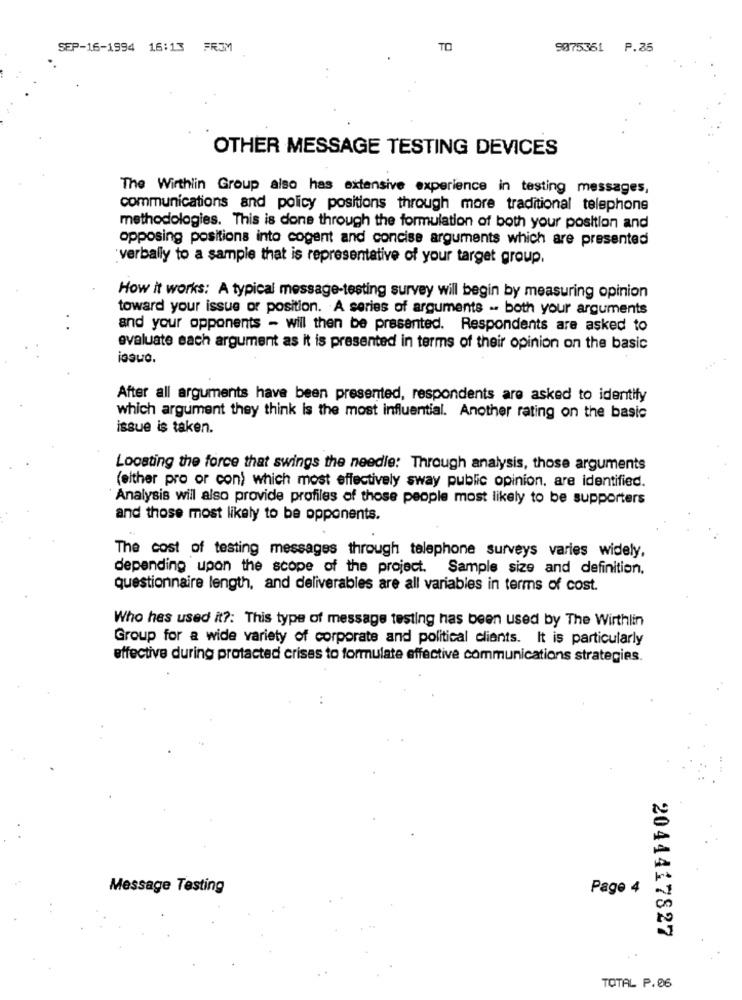
SEP-16-1994 16:13 FROM
TO
9075361 P.35
OTHER MESSAGE TESTING DEVICES
The Wirthlin Group also has extensive experience in testing messages,
communications and policy positions through more traditional telephone
methodologies. This is done through the formulation of both your position and
opposing positions into cogent and concise arguments which are presented
verbally to a sample that is representative of your target group.
How it works: A typical message-testing survey will begin by measuring opinion
toward your issue or position. A series of arguments -. both your arguments
and your opponents - will then be presented. Respondents are asked to
evaluate each argument as it is presented in terms of their opinion on the basic
issue.
After all arguments have been presented, respondents are asked to identify
which argument they think is the most influential. Another rating on the basic
issue is taken.
Looating the force that swings the needle: Through analysis, those arguments
(either pro or con) which most effectively sway public opinion. are identified.
Analysis will also provide profiles of those people most likely to be supporters
and those most likely to be opponents.
The cost of testing messages through telephone surveys varies widely,
depending upon the scope of the project. Sample size and definition.
questionnaire length, and deliverables are all variables in terms of cost.
Who hes used it ?: This type of message testing has been used by The Wirthlin
Group for a wide variety of corporate and political clients. It is particularly
effective during protacted crises to formulate effective communications strategies.
..
Message Testing
Page 4
2044417827
TOTAL P.06